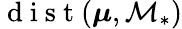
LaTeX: \mathrm{~d~i~s~t~}(\boldsymbol{\mu},\mathcal{M}_{*})